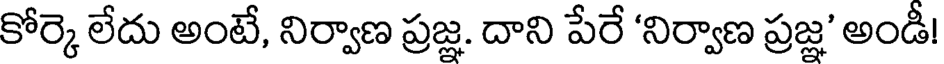
కోర్కె లేదు అంటే, నిర్వాణ ప్రజ్ఞ. దాని పేరే 'నిర్వాణ ప్రజ్ఞ' అండీ!